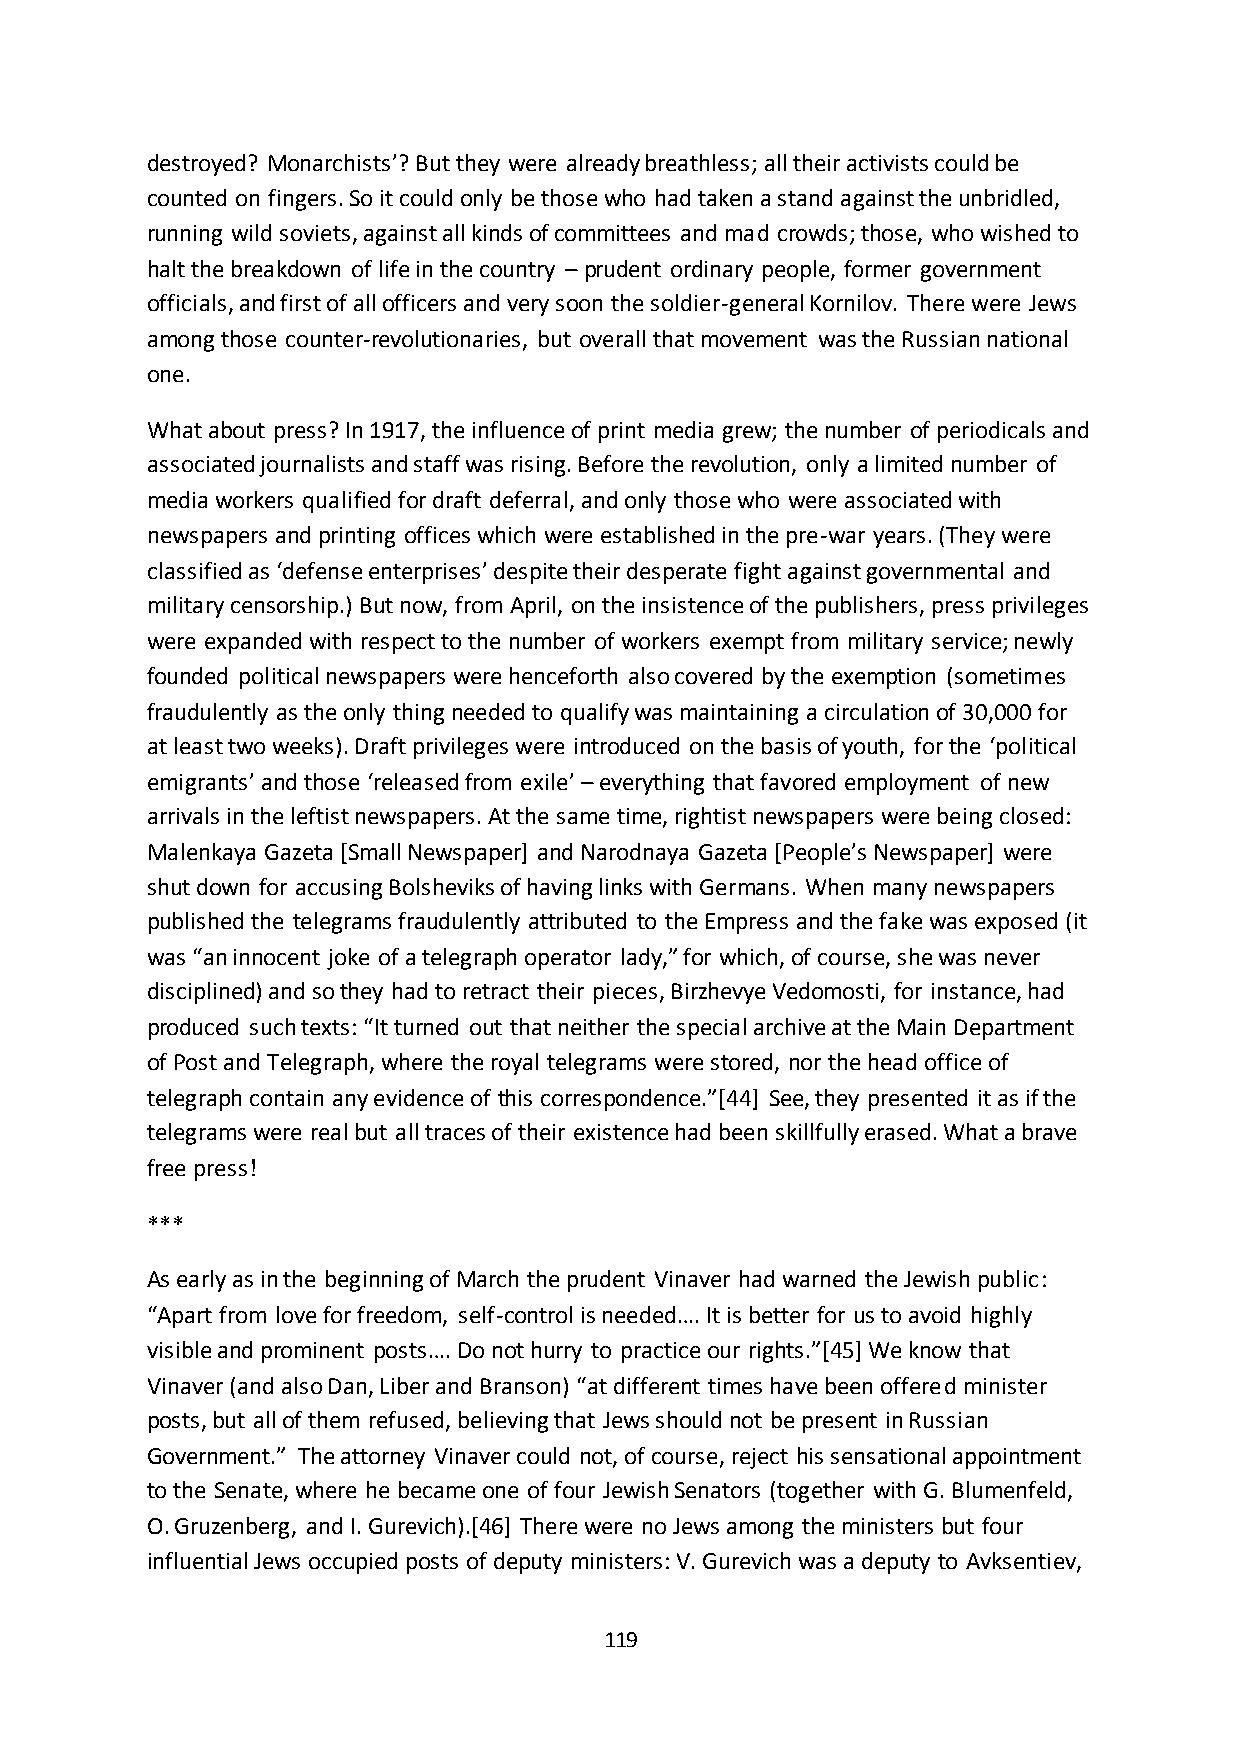
destroyed? Monarchists’? But they were already breathless; all their activists could be
 counted on fingers. So it could only be those who had taken a stand against the unbridled,
 running wild soviets, against all kinds of committees and mad crowds; those, who wished to
 halt the breakdown of life in the country – prudent ordinary people, former government
 officials, and first of all officers and very soon the soldier-general Kornilov. There were Jews
 among those counter-revolutionaries, but overall that movement was the Russian national
 one.
 What about press? In 1917, the influence of print media grew; the number of periodicals and
 associated journalists and staff was rising. Before the revolution, only a limited number of
 media workers qualified for draft deferral, and only those who were associated with
 newspapers and printing offices which were established in the pre-war years. (They were
 classified as ‘defense enterprises’ despite their desperate fight against governmental and
 military censorship.) But now, from April, on the insistence of the publishers, press privileges
 were expanded with respect to the number of workers exempt from military service; newly
 founded political newspapers were henceforth also covered by the exemption (sometimes
 fraudulently as the only thing needed to qualify was maintaining a circulation of 30,000 for
 at least two weeks). Draft privileges were introduced on the basis of youth, for the ‘political
 emigrants’ and those ‘released from exile’ – everything that favored employment of new
 arrivals in the leftist newspapers. At the same time, rightist newspapers were being closed:
 Malenkaya Gazeta *Small Newspaper+ and Narodnaya Gazeta *People’s Newspaper+ were
 shut down for accusing Bolsheviks of having links with Germans. When many newspapers
 published the telegrams fraudulently attributed to the Empress and the fake was exposed (it
 was “an innocent joke of a telegraph operator lady,” for which, of course, she was never
 disciplined) and so they had to retract their pieces, Birzhevye Vedomosti, for instance, had
 produced such texts: “It turned out that neither the special archive at the Main Department
 of Post and Telegraph, where the royal telegrams were stored, nor the head office of
 telegraph contain any evidence of this correspondence.”*44+ See, they presented it as if the
 telegrams were real but all traces of their existence had been skillfully erased. What a brave
 free press!
 ***
 As early as in the beginning of March the prudent Vinaver had warned the Jewish public:
 “Apart from love for freedom, self-control is needed…. It is better for us to avoid highly
 visible and prominent posts…. Do not hurry to practice our rights.”*45+ We know that
 Vinaver (and also Dan, Liber and Branson) “at different times have been offered minister
 posts, but all of them refused, believing that Jews should not be present in Russian
 Government.” The attorney Vinaver could not, of course, reject his sensational appointment
 to the Senate, where he became one of four Jewish Senators (together with G. Blumenfeld,
 O. Gruzenberg, and I. Gurevich).[46] There were no Jews among the ministers but four
 influential Jews occupied posts of deputy ministers: V. Gurevich was a deputy to Avksentiev,
 119